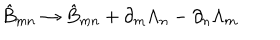
\hat { B } _ { m n } \rightarrow \hat { B } _ { m n } + \partial _ { m } \Lambda _ { n } - \partial _ { n } \Lambda _ { m }